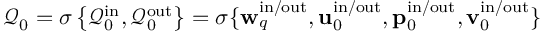
\mathcal { Q } _ { 0 } = \sigma \left\lbrace \mathcal { Q } _ { 0 } ^ { \mathrm { i n } } , \mathcal { Q } _ { 0 } ^ { \mathrm { o u t } } \right\rbrace = \sigma \lbrace \mathbf { w } _ { q } ^ { \mathrm { i n } / \mathrm { o u t } } , \mathbf { u } _ { 0 } ^ { \mathrm { i n } / \mathrm { o u t } } , \mathbf { p } _ { 0 } ^ { \mathrm { i n } / \mathrm { o u t } } , \mathbf { v } _ { 0 } ^ { \mathrm { i n } / \mathrm { o u t } } \rbrace